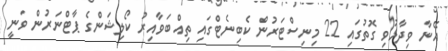
އޭނާ ވިދާޅުވި ގޮތުގައި 22 މިނިސްޓަރުން ކެބިނެޓްގައި ތިއްބަވާއިރު ކޯލިޝަންގެ ޕާޓްނަރުން ވަނީ